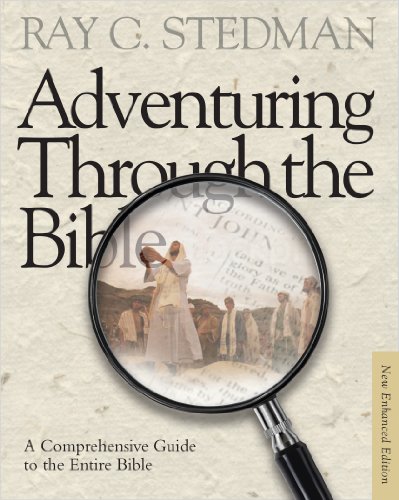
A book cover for Adventuring Through the Bible: A Comprehensive Guide to the Entire Bible; Ray C. Stedman; Christian Books & Bibles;